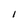
Character: I